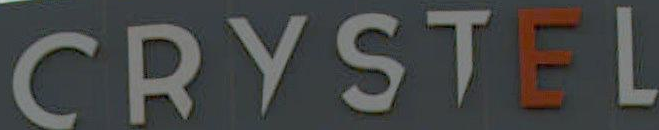
CRYSTEL